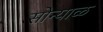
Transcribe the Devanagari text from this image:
सोन्याळ